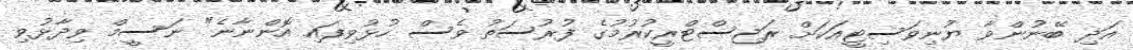
އަދި ބޭނުންވާ ޔުނިވަސިޓީއަކަށް ރަޖިސްޓްރީކުރުމުގެ ފުރުސަތު ވެސް ހުޅުވިފައި އޮންނާނެ" ނަސީމް ވިދާޅުވި